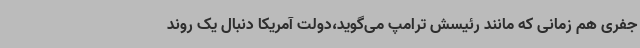
جفری هم زمانی که مانند رئیسش ترامپ می‌گوید،دولت آمریکا دنبال یک روند